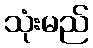
သုံးမည်